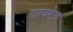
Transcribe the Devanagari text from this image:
गल्फ्टेन